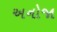
અનોજા